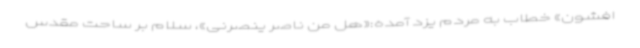
افشون» خطاب به مردم یزد آمده:«هل من ناصر ینصرنی»، سلام بر ساحت مقدس